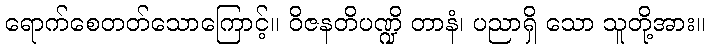
ရောက်စေတတ်သောကြောင့်။ ဝိဇနတိပဏ္ဍိ တာနံ၊ ပညာရှိ သော သူတို့အား။